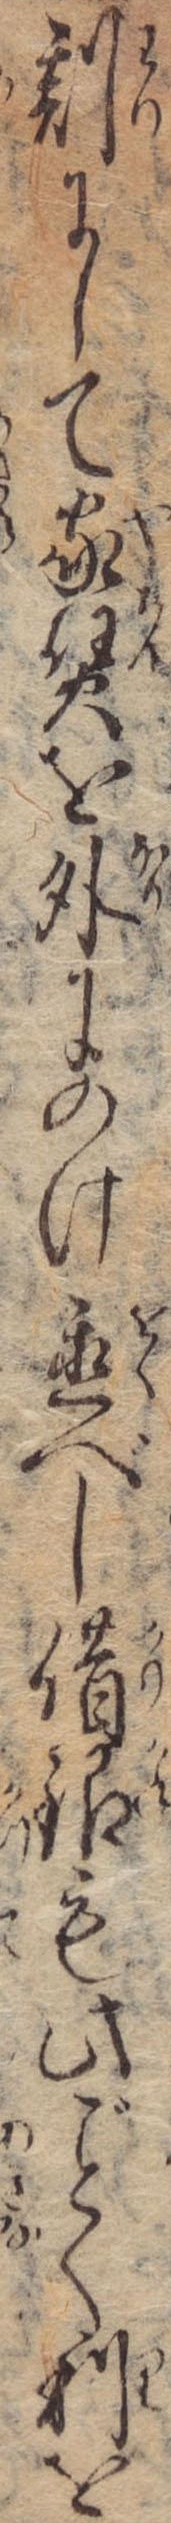
割にして家賃を外にのけ置べし借銀も此く利を